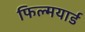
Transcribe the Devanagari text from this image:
फिल्मयार्ड